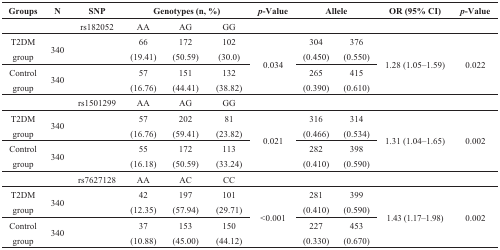
| Groups | N | SNP | <COLSPAN=3> Genotypes (n, %) | p-Value | <COLSPAN=2> Allele | OR (95% CI) | p-Value |
 | --- | --- | --- | --- | --- | --- | --- | --- | --- | --- | --- |
 |  |  | rs182052 | AA | AG | GG |  |  |  |  |  |
 | T2DM group | 340 |  | 66 (19.41) | 172 (50.59) | 102 (30.0) | <ROWSPAN=2> 0.034 | 304 (0.450) | 376 (0.550) | <ROWSPAN=2> 1.28 (1.05–1.59) | <ROWSPAN=2> 0.022 |
 | Control group | 340 |  | 57 (16.76) | 151 (44.41) | 132 (38.82) | 265 (0.390) | 415 (0.610) |
 |  |  | rs1501299 | AA | AG | GG |  |  |  |  |  |
 | T2DM group | 340 |  | 57 (16.76) | 202 (59.41) | 81 (23.82) | <ROWSPAN=2> 0.021 | 316 (0.466) | 314 (0.534) | <ROWSPAN=2> 1.31 (1.04–1.65) | <ROWSPAN=2> 0.002 |
 | Control group | 340 |  | 55 (16.18) | 172 (50.59) | 113 (33.24) | 282 (0.410) | 398 (0.590) |
 |  |  | rs7627128 | AA | AC | CC |  |  |  |  |  |
 | T2DM group | 340 |  | 42 (12.35) | 197 (57.94) | 101 (29.71) | <ROWSPAN=2> <0.001 | 281 (0.410) | 399 (0.590) | <ROWSPAN=2> 1.43 (1.17–1.98) | <ROWSPAN=2> 0.002 |
 | Control group | 340 |  | 37 (10.88) | 153 (45.00) | 150 (44.12) | 227 (0.330) | 453 (0.670) |